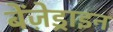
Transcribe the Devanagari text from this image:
बेंज़ेड्राइन